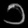
Digit: ၁